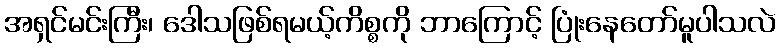
အရှင်မင်းကြီး၊ ဒေါသဖြစ်ရမယ့်ကိစ္စကို ဘာကြောင့် ပြုံးနေတော်မူပါသလဲ